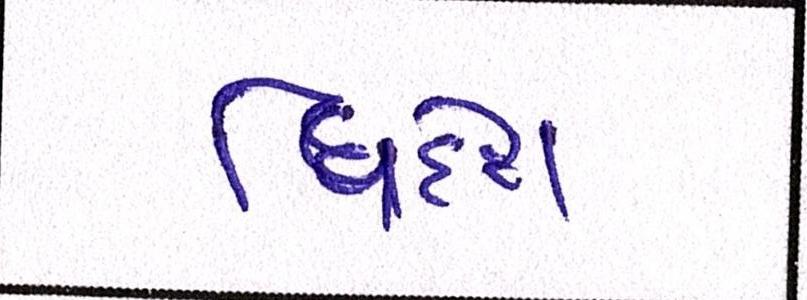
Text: વિદેશ